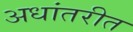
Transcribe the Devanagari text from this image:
अधांतरीत